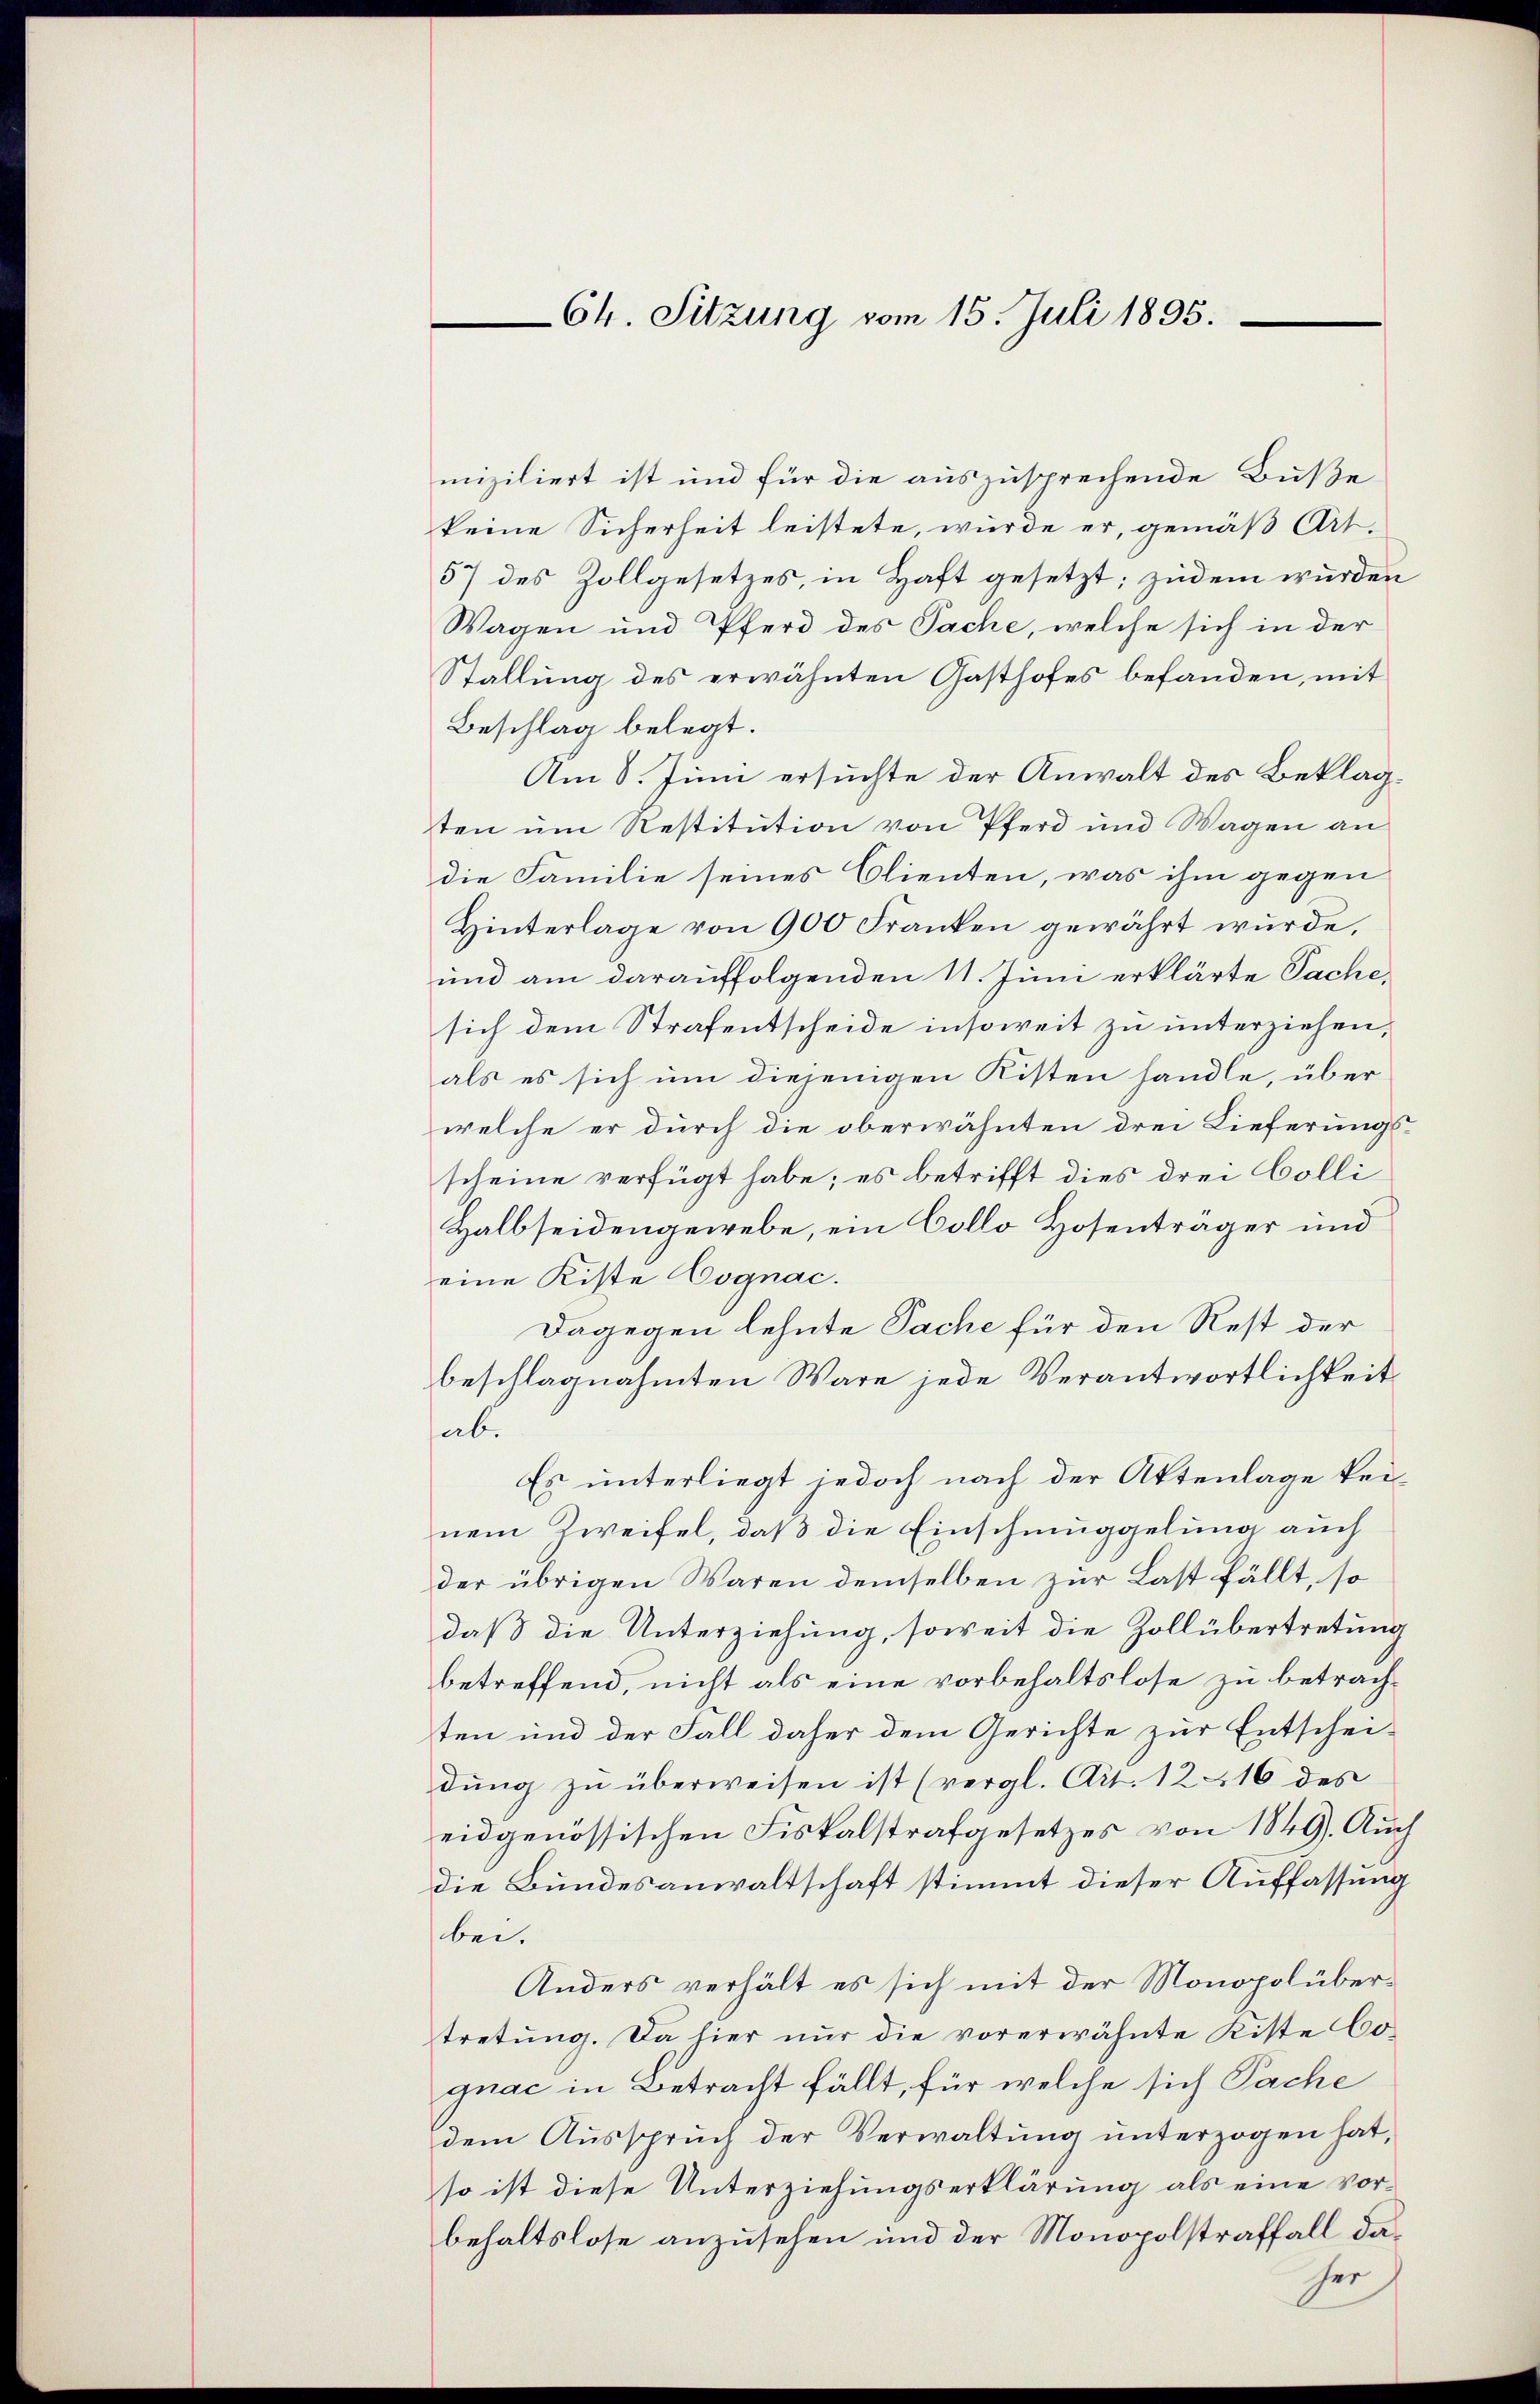
Ch. Sitzung vom 15. Juli 1895.

miziliert ist und für die auszusprechende Buße
keine Sicherheit leistete, wurde er, gemäß Art.
57 des Zollgesetzes, in Haft gesetzt; zudem wurden
Wagen und Pferd des Sache, welche sich in der
Stallung des erwähnten Gasthofes befanden, mit
Beschlag belegt.
Am 8. Juni ersuchte der Anwalt des Beklagten um Restitution von Pferd und Wagen an
die Familie seines Clienten, was ihm gegen
Hinterlage von 900 Franken gewährt wurde,
und am darauffolgenden 11. Juni erklärte Sache,
sich dem Strafentscheide insoweit zu unterziehen,
als es sich um diejenigen Kisten handle, über
welche er durch die oberwähnten drei Lieferungs-
scheine verfügt habe; es betrifft dies drei Colli
Halbseidengewebe, ein Collo Hosenträger und
eine Kiste Cognac.
Dagegen lehnte Sache für den Rest der
beschlagnahmten Wäre jede Verantwortlichkeit
ab.
Es unterliegt jedoch nach der Aktenlage keinem Zweifel, daß die Einschmuggelung auch
der übrigen Waren demselben zur Last fällt, so
daß die Unterziehung, soweit die Zollübertretung
betreffend, nicht als eine vorbehaltslose zu betrachten und der Fall daher dem Gerichte zur Entschei-
dŭng zŭ überweisen ist (vergl. Art. 1216 des
eidgenössischen Fiskalstrafgesetzes von 1849. Auch
die Bundesanwaltschaft stimmt dieser Auffassung
bei.
Anders verhält es sich mit der Monopolübertretung. Da hier nur die vorerwähnte Kiste Co
gnac in Betracht fällt, für welche sich Sache
dem Ausspruch der Verwaltung unterzogen hat,
so ist diese Unterziehungserklärung als eine vorbehaltslose anzusehen und der Monopolstraffall dader